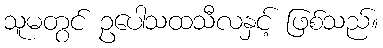
သူမတွင် ဥပေါသထသီလနှင့် ဖြစ်သည်။